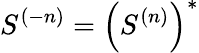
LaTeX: S^{(-n)}=\left(S^{(n)}\right)^{*}